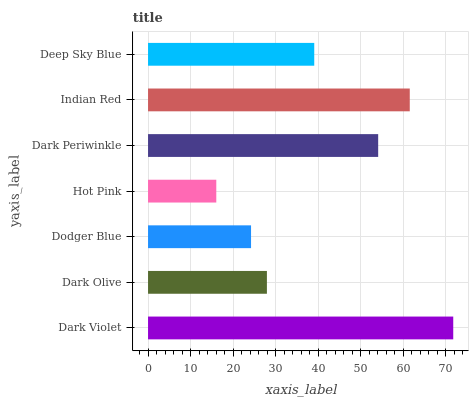
| yaxis_label | bars |
 | --- | --- |
 | Dark Violet | 71.7 |
 | Dark Olive | 27.9 |
 | Dodger Blue | 24.2 |
 | Hot Pink | 16 |
 | Dark Periwinkle | 54.1 |
 | Indian Red | 61.5 |
 | Deep Sky Blue | 39.1 |